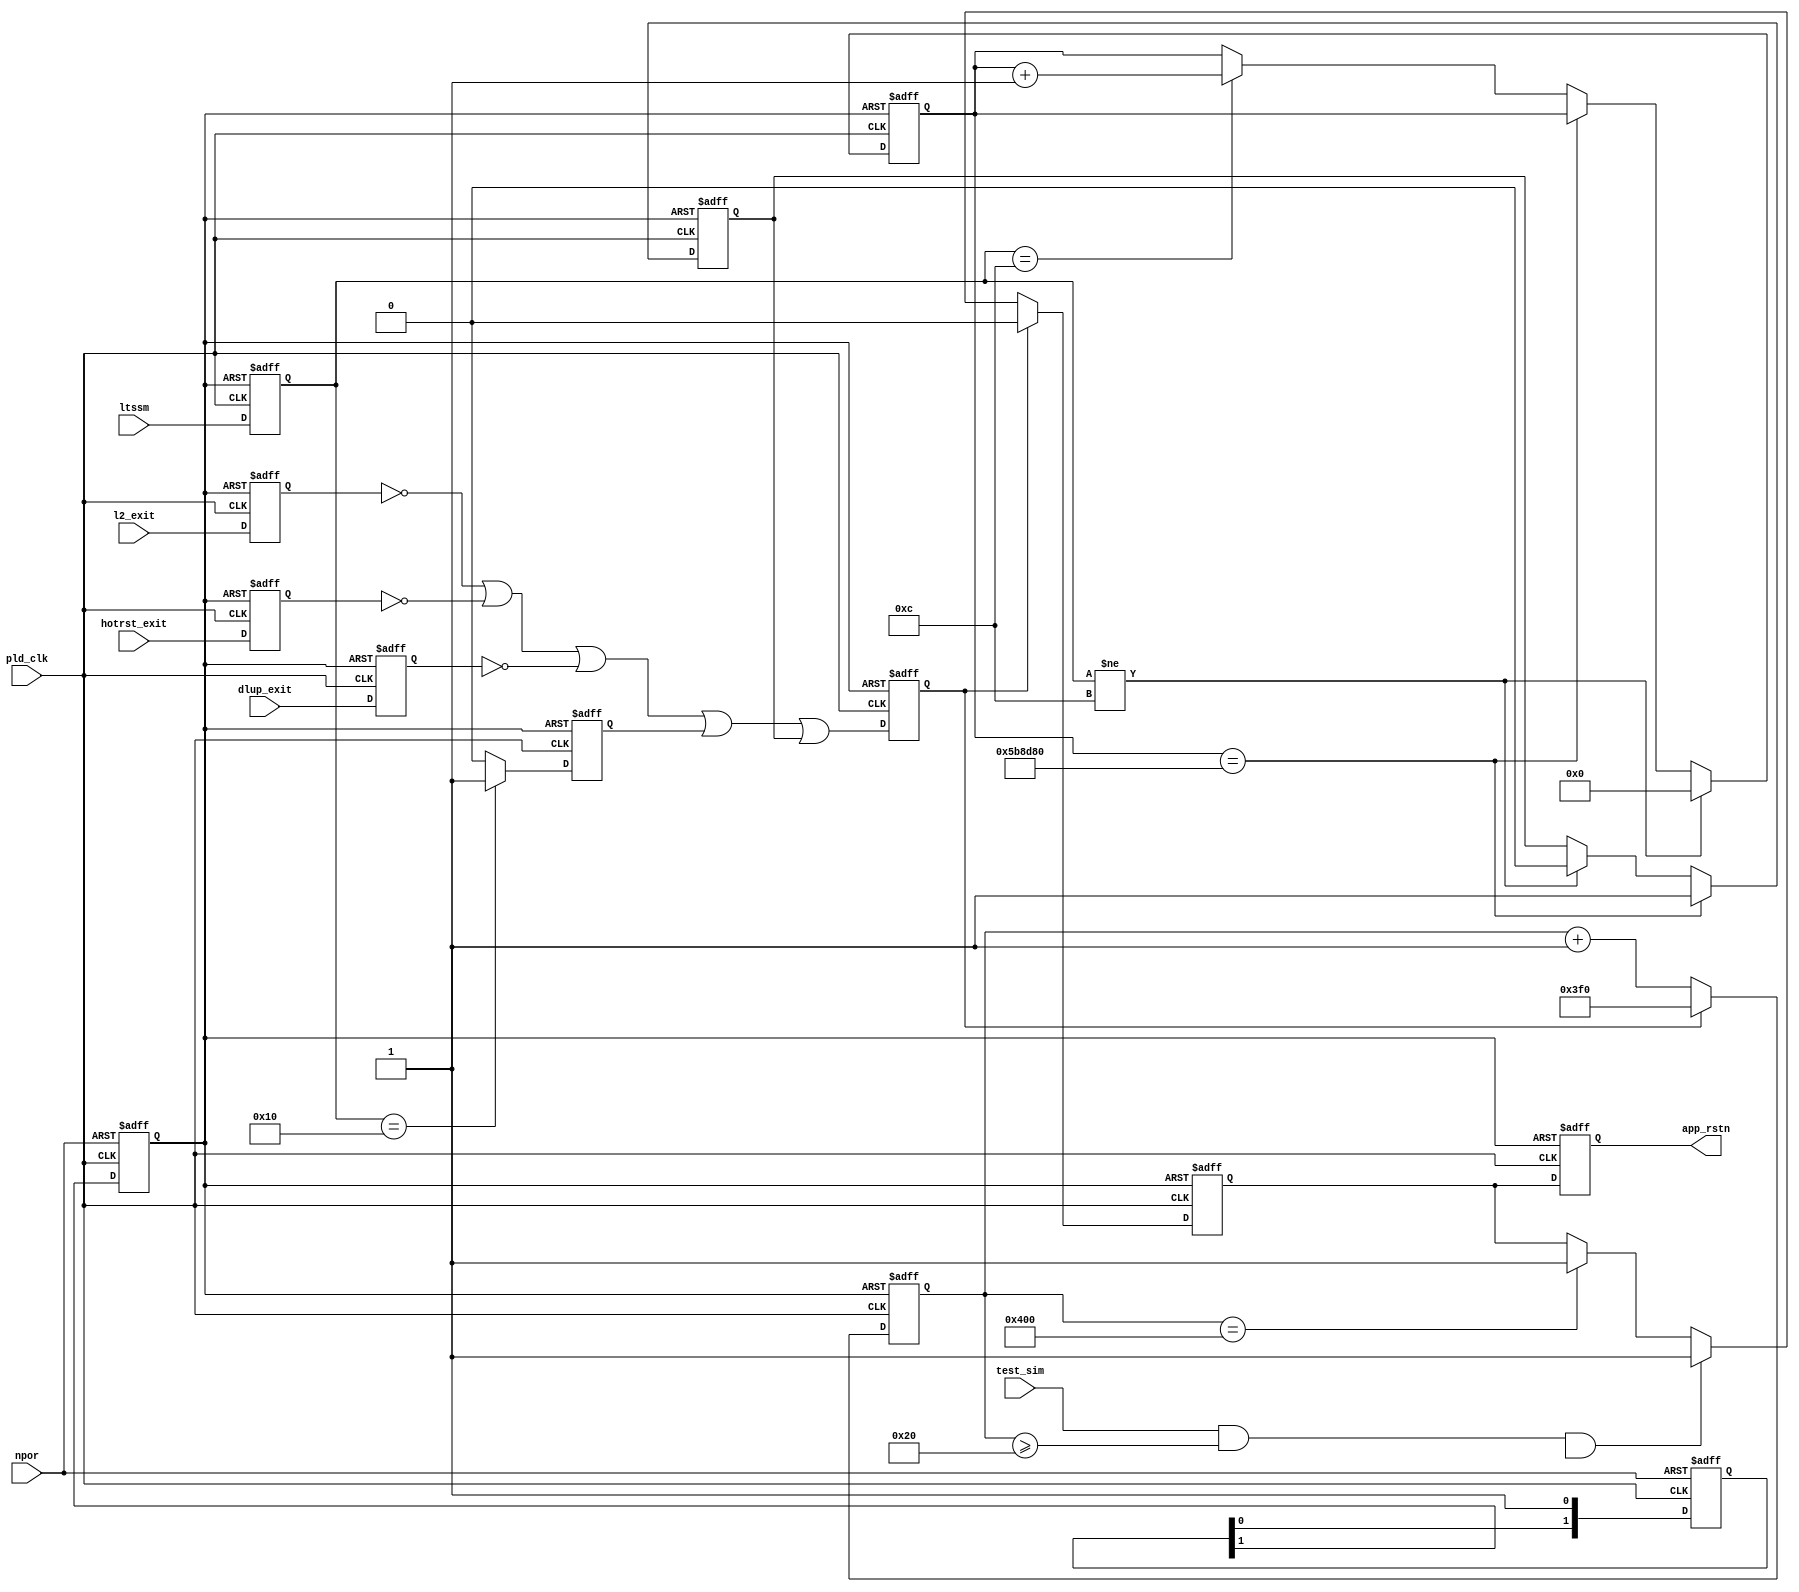
// (C) 2001-2018 Intel Corporation. All rights reserved.
// Your use of Intel Corporation's design tools, logic functions and other 
// software and tools, and its AMPP partner logic functions, and any output 
// files from any of the foregoing (including device programming or simulation 
// files), and any associated documentation or information are expressly subject 
// to the terms and conditions of the Intel Program License Subscription 
// Agreement, Intel FPGA IP License Agreement, or other applicable 
// license agreement, including, without limitation, that your use is for the 
// sole purpose of programming logic devices manufactured by Intel and sold by 
// Intel or its authorized distributors.  Please refer to the applicable 
// agreement for further details.


// synthesis translate_off
`timescale 1ns / 1ps
// synthesis translate_on

// turn off superfluous verilog processor warnings
// altera message_level Level1
// altera message_off 10034 10035 10036 10037 10230 10240 10030

///** Reset logic for application layer (app_rstn) triggered by HIP reset behavior +
//*/
module altpcierd_hip_rs # (
      parameter HIPRST_USE_LTSSM_HOTRESET          = 1,
      parameter HIPRST_USE_LTSSM_DISABLE           = 1,
      parameter HIPRST_USE_L2                      = 1,
      parameter HIPRST_USE_DLUP_EXIT               = 1
         )  (
      input            dlup_exit,
      input            hotrst_exit,
      input            l2_exit,
      input   [  4: 0] ltssm,
      input            npor,
      input            pld_clk,
      input            test_sim,

      output reg       app_rstn

);

localparam [4:0] LTSSM_POL          = 5'b00010;
localparam [4:0] LTSSM_CPL          = 5'b00011;
localparam [4:0] LTSSM_DET          = 5'b00000;
localparam [4:0] LTSSM_RCV          = 5'b01100;
localparam [4:0] LTSSM_DIS          = 5'b10000;
localparam [23:0] RCV_TIMEOUT       = 24'd6000000;
localparam [10:0] RSTN_CNT_MAX      = 11'h400;
localparam [10:0] RSTN_CNT_MAXSIM   = 11'h20;

//synthesis translate_off
localparam ALTPCIE_SV_HIP_AST_HWTCL_SIM_ONLY  = 1;
//synthesis translate_on

//synthesis read_comments_as_HDL on
//localparam ALTPCIE_SV_HIP_AST_HWTCL_SIM_ONLY  = 0;
//synthesis read_comments_as_HDL off

reg [1:0]    npor_syncr ;
reg          npor_sync_pld_clk;
reg          app_rstn0;
reg          crst0;
reg [  4: 0] ltssm_r;
reg          dlup_exit_r;
reg          exits_r;
reg          hotrst_exit_r;
reg          l2_exit_r;
reg [ 10: 0] rsnt_cntn;
reg [23:0]   recovery_cnt;
reg          recovery_rst;
reg          ltssm_disable;


   always @(posedge pld_clk or negedge npor_sync_pld_clk) begin
      if (npor_sync_pld_clk == 1'b0) begin
         dlup_exit_r     <= 1'b1;
         hotrst_exit_r   <= 1'b1;
         l2_exit_r       <= 1'b1;
         exits_r         <= 1'b0;
         ltssm_r         <= 5'h0;
         app_rstn        <= 1'b0;
         ltssm_disable   <= 1'b0;
      end
      else begin
         ltssm_r        <= ltssm;
         dlup_exit_r    <= (HIPRST_USE_DLUP_EXIT==0)     ?1'b1:dlup_exit;
         hotrst_exit_r  <= (HIPRST_USE_LTSSM_HOTRESET==0)?1'b1:hotrst_exit;
         l2_exit_r      <= (HIPRST_USE_L2==0)            ?1'b1:l2_exit;
         ltssm_disable  <= (HIPRST_USE_LTSSM_DISABLE==0) ?1'b0:(ltssm_r == LTSSM_DIS)?1'b1:1'b0;
         exits_r        <= (l2_exit_r == 1'b0) | (hotrst_exit_r == 1'b0) | (dlup_exit_r == 1'b0) | (ltssm_disable == 1'b1)| (recovery_rst == 1'b1);
         app_rstn       <= app_rstn0;
      end
   end

  //reset Synchronizer npor --> npor_sync_pld_clk
   always @(posedge pld_clk or negedge npor) begin
      if (npor == 1'b0) begin
         npor_syncr        <= 2'b00;
         npor_sync_pld_clk <= 1'b0;
      end
      else begin
         npor_syncr[0] <= 1'b1;
         npor_syncr[1] <= npor_syncr[0];
         npor_sync_pld_clk <= npor_syncr[1];
      end
   end

   //Delay HIP reset upon npor
   always @(posedge pld_clk or negedge npor_sync_pld_clk) begin
      if (npor_sync_pld_clk == 1'b0) begin
         app_rstn0 <= 1'b0;
         rsnt_cntn <= 11'h0;
      end
      else if (exits_r == 1'b1) begin
         app_rstn0   <= 1'b0;
         rsnt_cntn   <= 11'h3f0;
      end
      else begin
         rsnt_cntn <= rsnt_cntn + 11'h1;
         if ((test_sim == 1'b1) &&
               (rsnt_cntn >= RSTN_CNT_MAXSIM) &&
                  (ALTPCIE_SV_HIP_AST_HWTCL_SIM_ONLY==1)) begin
             app_rstn0 <= 1'b1;
         end
         else if (rsnt_cntn == RSTN_CNT_MAX) begin
            app_rstn0 <= 1'b1;
         end
      end
   end

   // Monitor if LTSSM is frozen in RECOVERY state
   // Issue reset if timeout RCV_TIMEOUT
   always @(posedge pld_clk or negedge npor_sync_pld_clk) begin
      if (npor_sync_pld_clk == 1'b0) begin
         recovery_cnt <= {24{1'b0}};
         recovery_rst <= 1'b0;
      end
      else begin
         if (ltssm_r != LTSSM_RCV) begin
            recovery_cnt <= {24{1'b0}};
         end
         else if (recovery_cnt == RCV_TIMEOUT) begin
            recovery_cnt <= recovery_cnt;
         end
         else if (ltssm_r == LTSSM_RCV) begin
            recovery_cnt <= recovery_cnt + 24'h1;
         end

         if (recovery_cnt == RCV_TIMEOUT) begin
            recovery_rst <= 1'b1;
         end
         else if (ltssm_r != LTSSM_RCV) begin
            recovery_rst <= 1'b0;
         end
      end
   end

endmodule